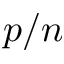
p / n